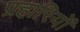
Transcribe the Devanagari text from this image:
प्रहारियों